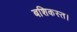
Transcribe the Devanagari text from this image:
बशिकस्त।